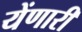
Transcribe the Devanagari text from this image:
येंणारी